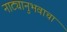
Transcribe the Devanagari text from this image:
नाट्यानुभवाचा